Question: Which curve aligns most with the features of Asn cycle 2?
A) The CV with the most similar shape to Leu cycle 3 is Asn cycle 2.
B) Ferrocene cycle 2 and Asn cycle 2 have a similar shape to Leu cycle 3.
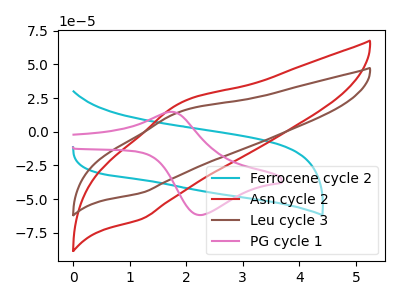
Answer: <think>The cyan curve "Ferrocene cycle 2" has no peaks. The red curve "Asn cycle 2" has an anodic peak at (1.90V, 21.10uA) and a cathodic peak at (1.20V, -64.80uA). The brown curve "Leu cycle 3" has an anodic peak at (1.90V, 14.75uA) and a cathodic peak at (1.20V, -45.35uA). The pink curve "PG cycle 1" has an anodic peak at (1.70V, 14.85uA) and a cathodic peak at (2.25V, -61.90uA).
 "Ferrocene cycle 2" and "Asn cycle 2" have a different number of peaks. "Ferrocene cycle 2" and "Leu cycle 3" have a different number of peaks. "Ferrocene cycle 2" and "PG cycle 1" have a different number of peaks. All the peaks in "Asn cycle 2" have a peak in "Leu cycle 3" at the same potential. Every peak in "Asn cycle 2" is higher than every peak in "Leu cycle 3". "Asn cycle 2" and "PG cycle 1" have at least one peak that do not match. "Leu cycle 3" and "PG cycle 1" have at least one peak that do not match.</think>
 <answer>A) The CV with the most similar shape to "Leu cycle 3" is "Asn cycle 2".</answer>
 <eval>A</eval>